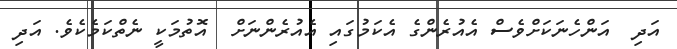
އަދި  އަންހެނަަކަށްވެސް އެއުރެންގެ އެކަމުގައި އެއުރެންނަށް  އޮތުމަކީ ނެތްކަމެކެވެ. އަދި